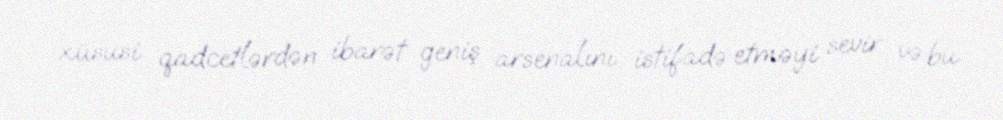
xüsusi qadcetlərdən ibarət geniş arsenalını istifadə etməyi sevir və bu